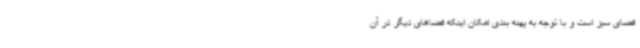
فضای سبز است و با توجه به پهنه بندی امکان اینکه فضاهای دیگر در آن